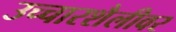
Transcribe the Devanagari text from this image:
उच्चारशैलीवर